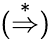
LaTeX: ({\stackrel{*}{\Rightarrow}})